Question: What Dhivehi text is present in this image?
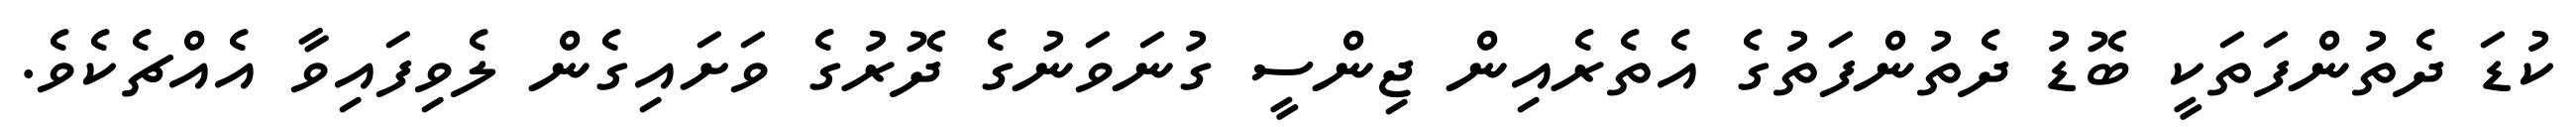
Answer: ކުޑަ ދެތުންފަތަކީ ބޮޑު ދެތުންފަތުގެ އެތެރެއިން ޖިންސީ ގުނަވަނުގެ ދޮރުގެ ވަށައިގެން ލެވިފައިވާ އެއްޗެކެވެ.